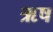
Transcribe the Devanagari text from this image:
ऋष